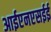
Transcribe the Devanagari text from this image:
आईएनएसईई